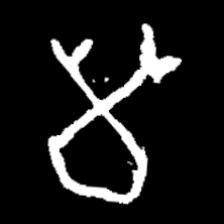
Pyu character \u2014 Myanmar letter: မ (romanized: ma)